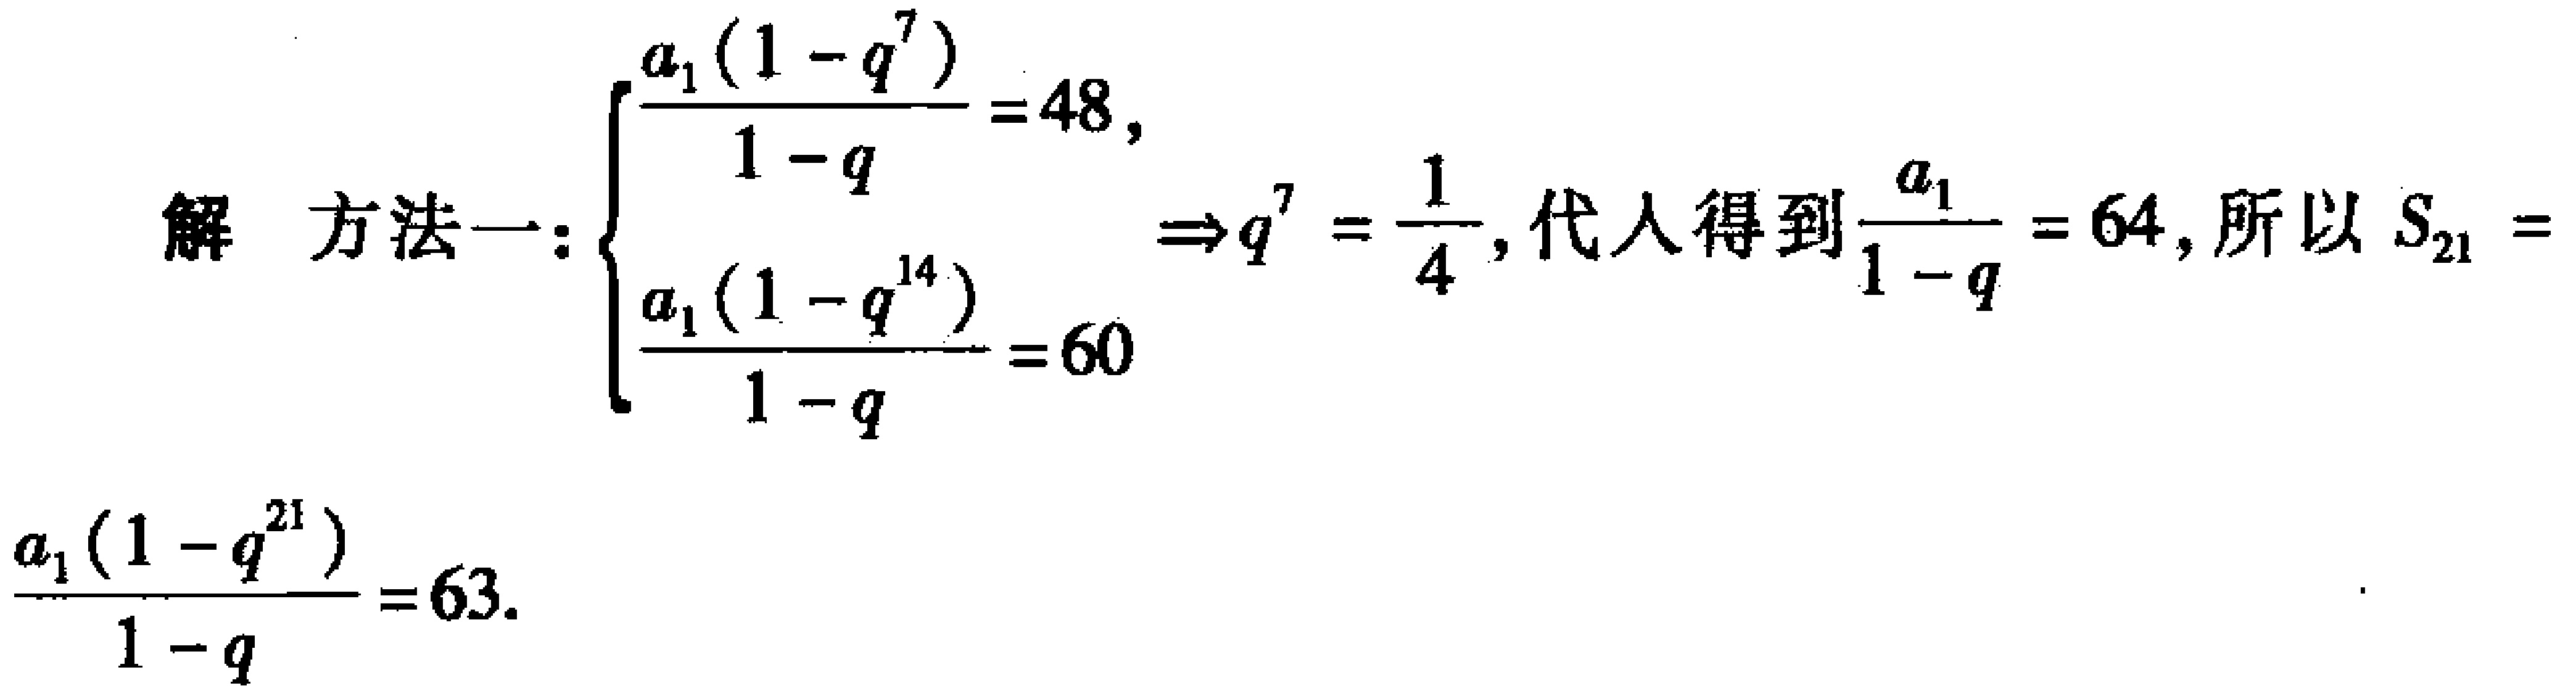
解 方法一:$\begin{cases}

\frac{a_{1}(1 - q^{7})}{1 - q}=48,\\

\frac{a_{1}(1 - q^{14})}{1 - q}=60

\end{cases}\Rightarrow q^{7}=\frac{1}{4}$, 代入得到$\frac{a_{1}}{1 - q}=64$, 所以$S_{21} = \frac{a_{1}(1 - q^{21})}{1 - q}=63$.